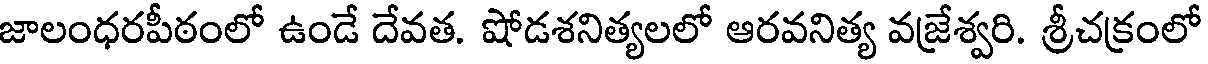
జాలంధరపీఠంలో ఉండే దేవత. షోడశనిత్యలలో ఆరవనిత్య వజ్రేశ్వరి. శ్రీచక్రంలో